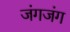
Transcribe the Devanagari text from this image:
जंगजंग